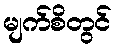
မျက်စိတွင်